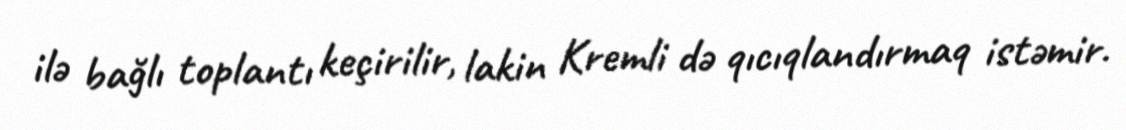
ilə bağlı toplantı keçirilir, lakin Kremli də qıcıqlandırmaq istəmir.